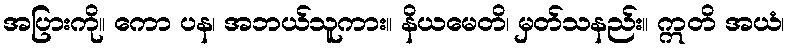
အပြားကို။ ကော ပန၊ အဘယ်သူကား။ နိယမေတိ၊ မှတ်သနည်း။ ဣတိ အယံ၊